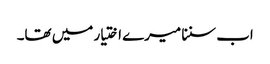
اب سننا میرے اختیار میں تھا۔